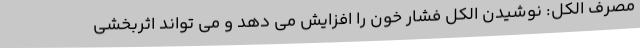
مصرف الکل: نوشیدن الکل فشار خون را افزایش می دهد و می تواند اثربخشی